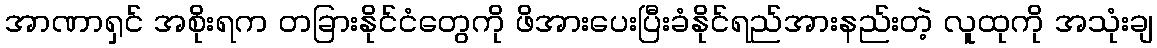
အာဏာရှင် အစိုးရက တခြားနိုင်ငံတွေကို ဖိအားပေးပြီးခံနိုင်ရည်အားနည်းတဲ့ လူထုကို အသုံးချ